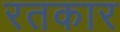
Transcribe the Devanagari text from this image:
रतकार